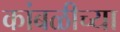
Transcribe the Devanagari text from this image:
कांबळीच्या